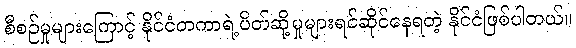
စီစဉ်မှုများကြောင့် နိုင်ငံတကာရဲ့ပိတ်ဆို့မှုများရင်ဆိုင်နေရတဲ့ နိုင်ငံဖြစ်ပါတယ်။